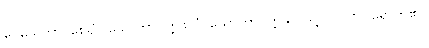
ပေသေတွာ၊ စေ၍။ သောတာပတ္တိဖလံ၊ သောတာပတ္တိဖိုလ်သို့။ ပါပုဏိ၊ ရောက်၏။